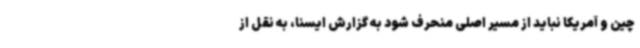
چین و آمریکا نباید از مسیر اصلی منحرف شود به گزارش ایسنا، به نقل از